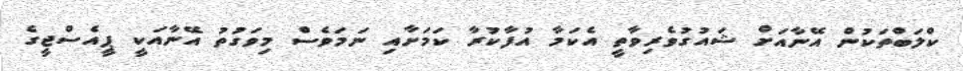
ކްލަބްތަކުން އޭނާއަށް ޝައުގުވެރިވާތީ އެކަމާ އުފާކުރާ ކަމަށާއި ނަމަވެސް މިވަގުތު އޭނާއަކީ ޕީއެސްޖީގެ